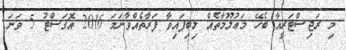
މި ރަޖިސްޓަރީއާ ބެހޭ މަޢުލޫމާތެއް ލިބިފައިވާ ފަރާތެއްވާނަމަ 2016 އޮގަސްޓު 5 ވަނަ